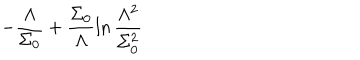
- \frac { \Lambda } { \Sigma _ { 0 } } + \frac { \Sigma _ { 0 } } { \Lambda } \ln \frac { \Lambda ^ { 2 } } { \Sigma _ { 0 } ^ { 2 } }